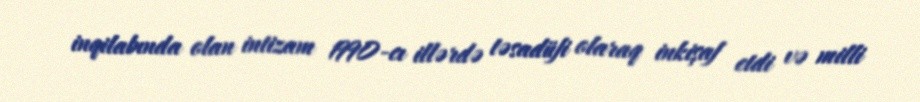
inqilabında olan intizam 1990-cı illərdə təsadüfi olaraq inkişaf etdi və milli